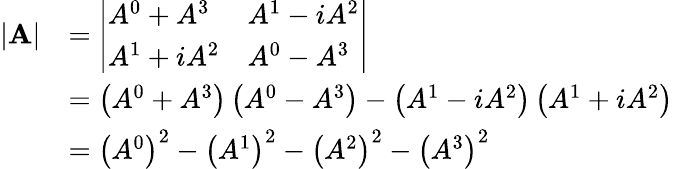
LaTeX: {\begin{array}{rl}{|\mathbf{A}|}&{={\left|\begin{array}{ll}{A^{0}+A^{3}}&{A^{1}-iA^{2}}\\ {A^{1}+iA^{2}}&{A^{0}-A^{3}}\end{array}\right|}}\\ &{=\left(A^{0}+A^{3}\right)\left(A^{0}-A^{3}\right)-\left(A^{1}-iA^{2}\right)\left(A^{1}+iA^{2}\right)}\\ &{=\left(A^{0}\right)^{2}-\left(A^{1}\right)^{2}-\left(A^{2}\right)^{2}-\left(A^{3}\right)^{2}}\end{array}}